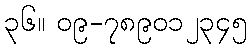
၃၆။ ၀၉-၇၈၉၀၁၂၃၄၅